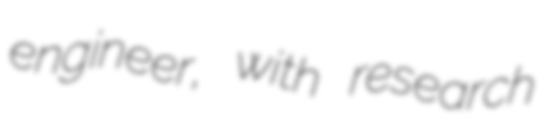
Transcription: engineer, with research